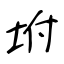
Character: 坿